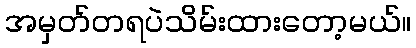
အမှတ်တရပဲသိမ်းထားတော့မယ်။